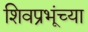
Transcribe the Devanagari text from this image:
शिवप्रभूंच्या